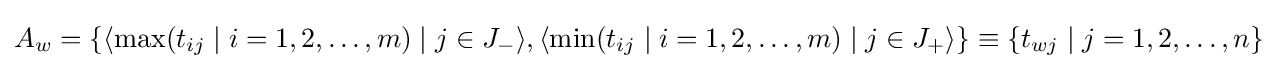
A_{w}=\{\langle \max(t_{ij}\mid i=1,2,\ldots ,m)\mid j\in J_{-}\rangle ,\langle \min(t_{ij}\mid i=1,2,\ldots ,m)\mid j\in J_{+}\rangle \rbrace \equiv \{t_{wj}\mid j=1,2,\ldots ,n\rbrace